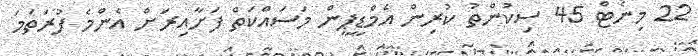
22 މިނެޓް 45 ސިކުންތު ކުރިން އެމްޑީޕީން މަސައްކަތް ފަށާއިރަށް އެންމެ ފުރަތަމަ